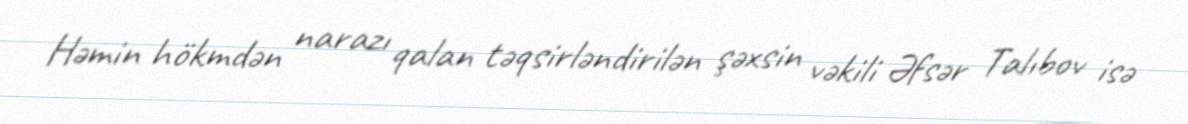
Həmin hökmdən narazı qalan təqsirləndirilən şəxsin vəkili Əfsər Talıbov isə